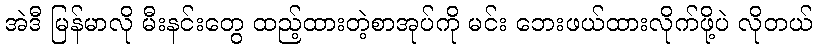
အဲဒီ မြန်မာလို မီးနင်းတွေ ထည့်ထားတဲ့စာအုပ်ကို မင်း ဘေးဖယ်ထားလိုက်ဖို့ပဲ လိုတယ်